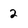
Character: 2